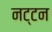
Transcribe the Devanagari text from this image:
नट्टन